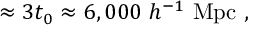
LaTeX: \approx 3 t _ { 0 } \approx 6 , 0 0 0 ~ h ^ { - 1 } ~ \mathrm { M p c } ~ ,